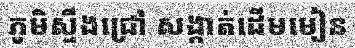
ភូមិស្ទឹងជ្រៅ សង្កាត់ដើមមៀន